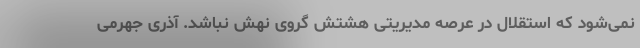
نمی‌شود که استقلال در عرصه مدیریتی هشتش گروی نهش نباشد. آذری جهرمی